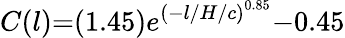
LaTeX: C(l){=}(1.45)e^{{({-}l/H/{c})}^{0.85}}{-}0.45